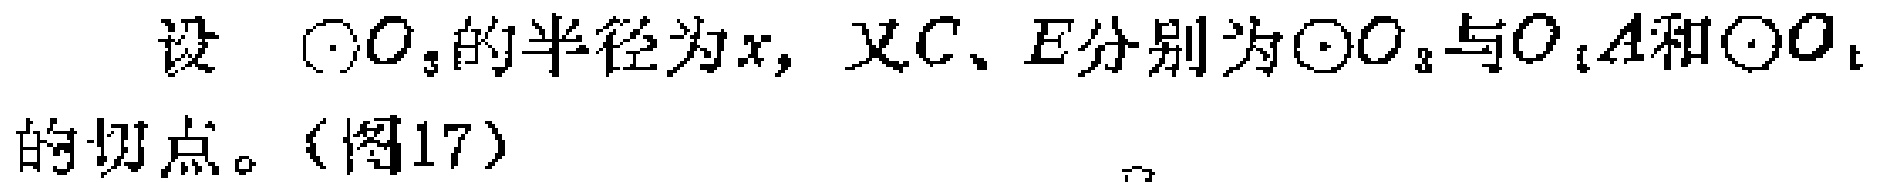
设 $\odot O_{3}$的半径为$x$, 又$C、E$分别为$\odot O_{3}$与$O_{1}A$和$\odot O_{1}$的切点。（图17）